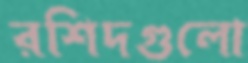
রশিদগুলো